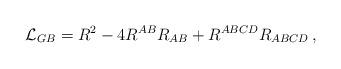
LaTeX: \begin{align*}{\cal L}_{GB} = R^2-4R^{AB}R_{AB}+R^{ABCD}R_{ABCD}\,,\end{align*}